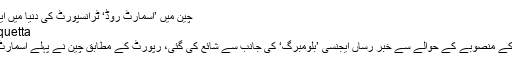
چین میں ’اسمارٹ روڈ‘ ٹرانسپورٹ کی دنیا میں ایک نیا انقلاب | ڈیلی مشرق نیوز
By quetta	 On اپریل 20, 2018
لاہور: چین میں اسمارٹ سڑک کے منصوبے کے حوالے سے خبر رساں ایجنسی ’بلومبرگ‘ کی جانب سے شائع کی گئی، رپورٹ کے مطابق چین نے پہلے اسمارٹ روڈ کا کامیاب تجربہ کیا ہے۔